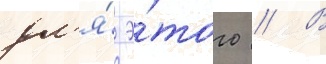
дл'я́ э́того // В